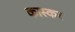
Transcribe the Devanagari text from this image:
कास्कर